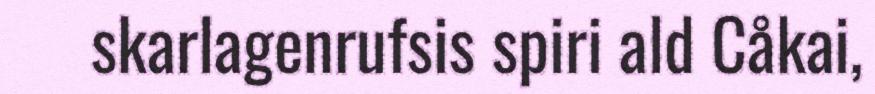
skarlagenrufsis spiri ald Cåkai,